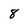
Character: 8